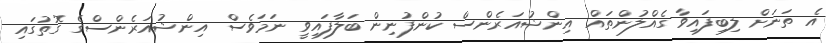
އެ ތަނަށް ލިބިފައިވާ ގެއްލުންތައް އިންޝުއަރެންސް ކުންފުނިން ބަލާފައިވީ ނަމަވެސް އިންޝުއަރެންސްގެ ގޮތުގައި